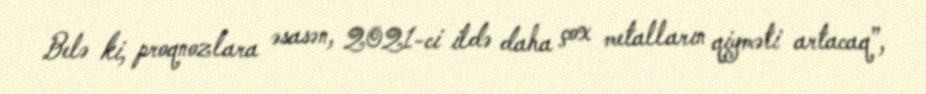
Belə ki, proqnozlara əsasən, 2021-ci ildə daha çox metalların qiyməti artacaq”,